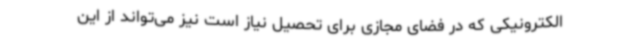
الکترونیکی که در فضای مجازی برای تحصیل نیاز است نیز می‌تواند از این